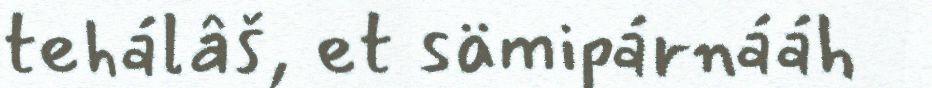
tehálâš, et sämipárnááh